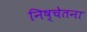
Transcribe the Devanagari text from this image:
निष्चेतना